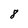
Character: 8